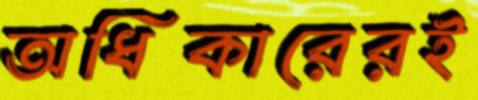
অধিকারেরই